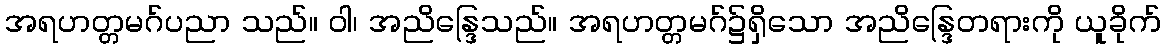
အရဟတ္တမဂ်ပညာ သည်။ ဝါ၊ အညိန္ဒြေသည်။ အရဟတ္တမဂ်၌ရှိသော အညိန္ဒြေတရားကို ယူခိုက်